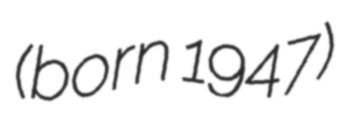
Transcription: (born 1947)